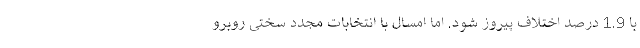
با 1.9 درصد اختلاف پیروز شود. اما امسال با انتخابات مجدد سختی روبرو